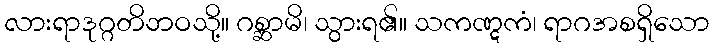
လားရာဒုဂ္ဂတိဘဝသို့။ ဂစ္ဆာမိ၊ သွားရ၏။ သကဏ္ဋကံ၊ ရာဂအစရှိသော